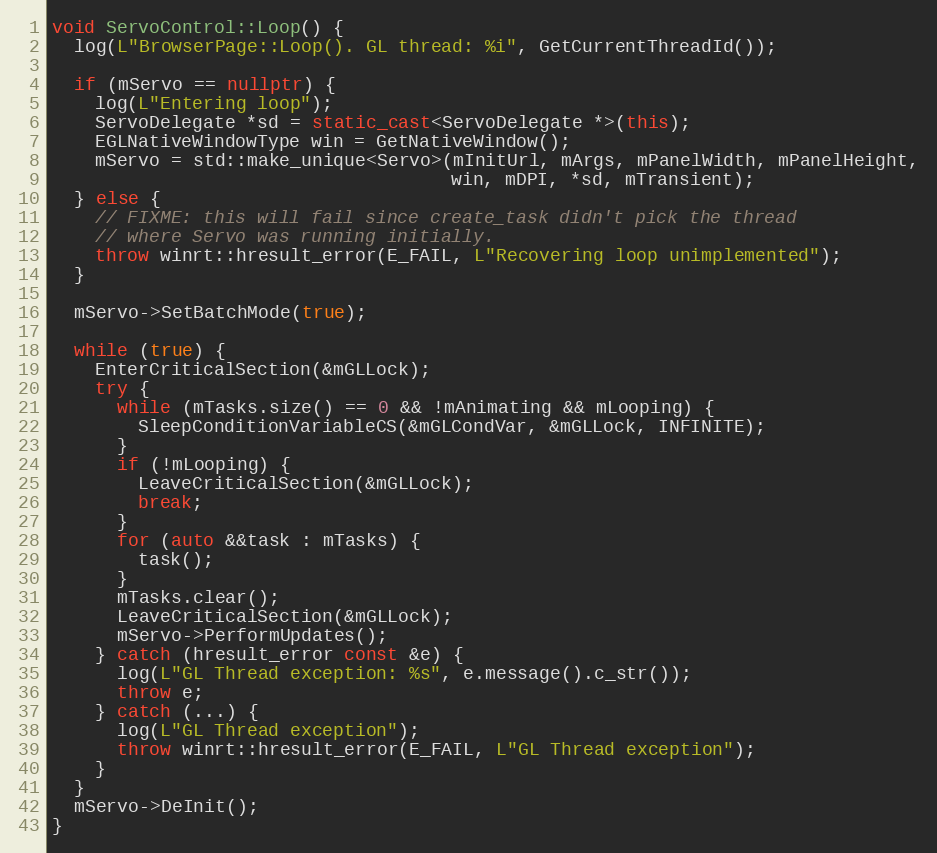
Language: C++
void ServoControl::Loop() {
  log(L"BrowserPage::Loop(). GL thread: %i", GetCurrentThreadId());

  if (mServo == nullptr) {
    log(L"Entering loop");
    ServoDelegate *sd = static_cast<ServoDelegate *>(this);
    EGLNativeWindowType win = GetNativeWindow();
    mServo = std::make_unique<Servo>(mInitUrl, mArgs, mPanelWidth, mPanelHeight,
                                     win, mDPI, *sd, mTransient);
  } else {
    // FIXME: this will fail since create_task didn't pick the thread
    // where Servo was running initially.
    throw winrt::hresult_error(E_FAIL, L"Recovering loop unimplemented");
  }

  mServo->SetBatchMode(true);

  while (true) {
    EnterCriticalSection(&mGLLock);
    try {
      while (mTasks.size() == 0 && !mAnimating && mLooping) {
        SleepConditionVariableCS(&mGLCondVar, &mGLLock, INFINITE);
      }
      if (!mLooping) {
        LeaveCriticalSection(&mGLLock);
        break;
      }
      for (auto &&task : mTasks) {
        task();
      }
      mTasks.clear();
      LeaveCriticalSection(&mGLLock);
      mServo->PerformUpdates();
    } catch (hresult_error const &e) {
      log(L"GL Thread exception: %s", e.message().c_str());
      throw e;
    } catch (...) {
      log(L"GL Thread exception");
      throw winrt::hresult_error(E_FAIL, L"GL Thread exception");
    }
  }
  mServo->DeInit();
}